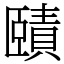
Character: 賾